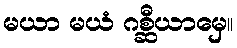
မယာ မယံ ဂစ္ဆီယာမှေ။